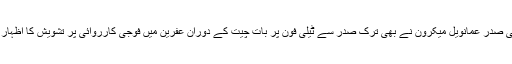
فرانسیسی صدر عمانویل میکرون نے بھی ترک صدر سے ٹیلی فون پر بات چیت کے دوران عفرین میں فوجی کارروائی پر تشویش کا اظہار کیا ہے۔